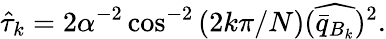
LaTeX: \hat{\tau}_{k}=2\alpha^{-2}\cos^{-2}\left(2k\pi/N\right)(\widehat{\bar{q}_{B_{k}}})^{2}.